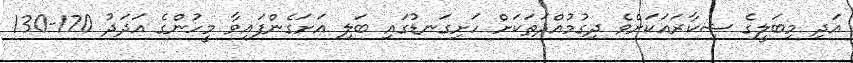
އަދި މިބަލީގެ ޝިކާރައަކަށްވެ ދިގުމުއްދަތަކަށް ހަށިގަނޑުގައި ބަލި އަށަގެންފައިވާ މީހުންގެ އަދަދު 170-130